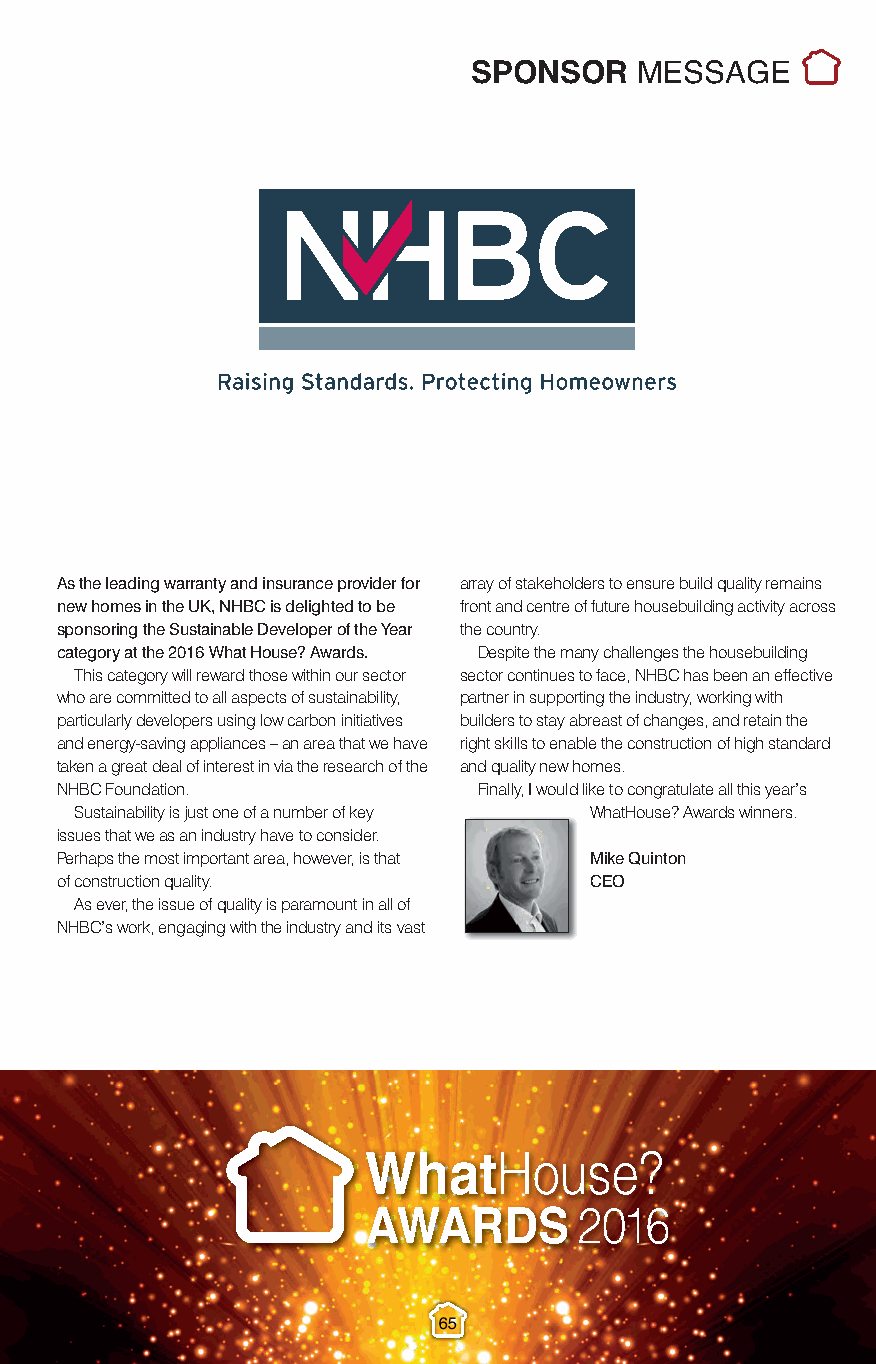
Sponsor Messages.qxp_Layout 1 10/11/2016 22:05 Page 10
 SPONSOR    MESSAGE
 As the leading warranty and insurance provider for array of stakeholders to ensure build quality remains
 new homes in the UK, NHBC is delighted to be front and centre of future housebuilding activity across
 sponsoring the Sustainable Developer of the Year the country.
 category at the 2016 What House? Awards. Despite the many challenges the housebuilding
 This category will reward those within our sector sector continues to face, NHBC has been an effective
 who are committed to all aspects of sustainability, partner in supporting the industry, working with
 particularly developers using low carbon initiatives builders to stay abreast of changes, and retain the
 and energy-saving appliances – an area that we have right skills to enable the construction of high standard
 taken a great deal of interest in via the research of the and quality new homes.
 NHBC Foundation.            Finally, I would like to congratulate all this year’s
 Sustainability is just one of a number of key WhatHouse? Awards winners.
 issues that we as an industry have to consider.
 Perhaps the most important area, however, is that Mike Quinton
 of construction quality.           CEO
 As ever, the issue of quality is paramount in all of
 NHBC’s work, engaging with the industry and its vast
 65